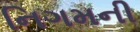
નિગમની